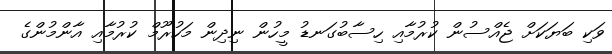
ވަކި ބަޔަކަށް ޖެއްސުން ކުރުމާއި ހިސާބުގަނޑު މީހުން ނިދިން މަހުރޫމް ކުރުމާއި އާންމުންގެ